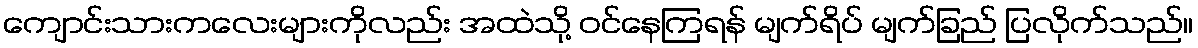
ကျောင်းသားကလေးများကိုလည်း အထဲသို့ ဝင်နေကြရန် မျက်ရိပ် မျက်ခြည် ပြလိုက်သည်။